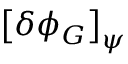
\left[ \delta \phi _ { G } \right] _ { \psi }